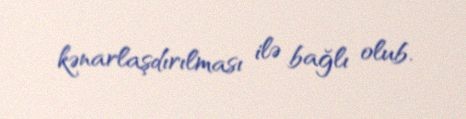
kənarlaşdırılması ilə bağlı olub.